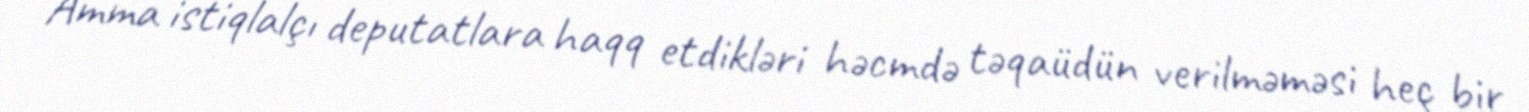
Amma istiqlalçı deputatlara haqq etdikləri həcmdə təqaüdün verilməməsi heç bir